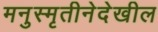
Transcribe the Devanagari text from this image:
मनुस्मृतीनेदेखील